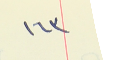
١٦٣